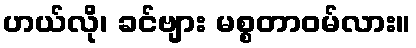
ဟယ်လို၊ ခင်ဗျား မစ္စတာဝမ်လား။